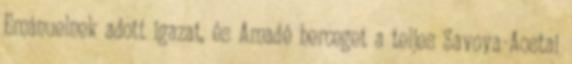
Emánuelnek adott igazat, és Amadé herceget a teljes Savoya-Aostai